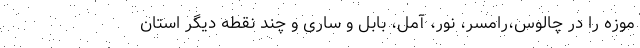
موزه را در چالوس،رامسر، نور، آمل، بابل و ساری و چند نقطه دیگر استان